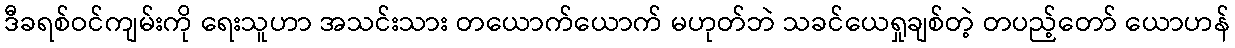
ဒီခရစ်ဝင်ကျမ်းကို ရေးသူဟာ အသင်းသား တယောက်ယောက် မဟုတ်ဘဲ သခင်ယေရှုချစ်တဲ့ တပည့်တော် ယောဟန်